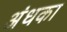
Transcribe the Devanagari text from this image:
अंधका